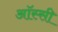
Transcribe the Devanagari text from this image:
ऑस्सी